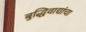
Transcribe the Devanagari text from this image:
बुद्धिवाद्यांचा